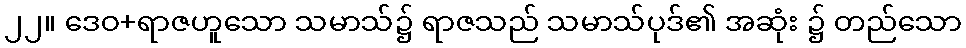
၂၂။ ဒေဝ+ရာဇဟူသော သမာသ်၌ ရာဇသည် သမာသ်ပုဒ်၏ အဆုံး ၌ တည်သော